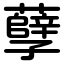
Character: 孽